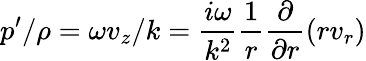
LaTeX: p^{\prime}/\rho=\omega v_{z}/k=\frac{i\omega}{k^{2}}\frac{1}{r}\frac{\partial}{\partial r}\left(rv_{r}\right)